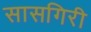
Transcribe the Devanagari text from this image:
सासगिरी